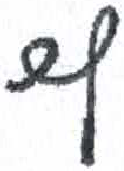
אות: ץ